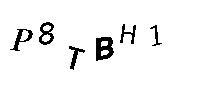
P8TBH1